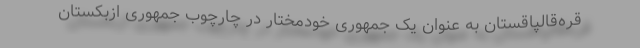
قره‌قالپاقستان به عنوان یک جمهوری خودمختار در چارچوب جمهوری ازبکستان